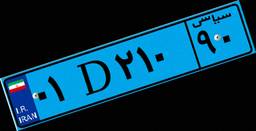
۰۱D۲۱۰۹۰